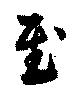
至